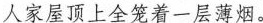
人家屋顶上全努着一层薄烟。